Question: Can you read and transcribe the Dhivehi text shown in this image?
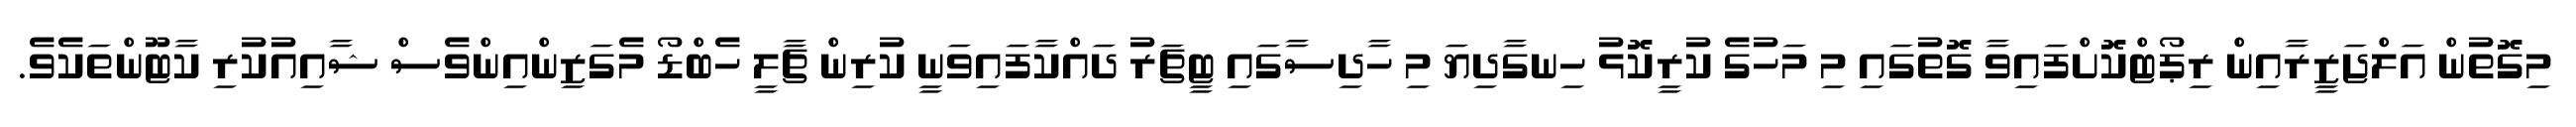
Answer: މިގޮތުން އަލްޖަޒީރާއިން ރިޕޯޓްކޮށްފައިވާ ގޮތުގައި މި މަހުގެ ކުރީކޮޅު ހިނގާދިޔަ މި ހާދިސާގައި ޓީޗަރު ދައްކާފައިވަނީ ކުރިން ޗާލީ ހެބްޑޯ މެގަޒިންއިންވެސް ޝާއިއުކުރި ކާޓޫންތަކެވެ.